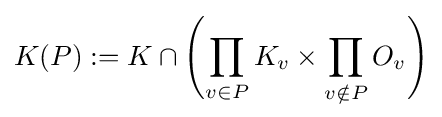
K(P):=K\cap \left(\prod _{v\in P}K_{v}\times \prod _{v\notin P}O_{v}\right)